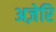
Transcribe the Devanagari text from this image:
अज़ेरि